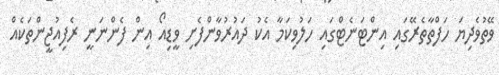
ވޭތުވެދިޔަ ހަފްތާތެރޭގައި އިންޓަނެޓްގައި ހަލުވިކަމާ އެކު ދައުރުވާންފެށި ވީޑިއޯ އިން ފެންނަނީ ރެފިއުޖީންތަކެއް